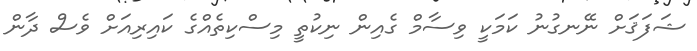
ޝަފަޤަށް ނޭނގުނު ކަމަކީ ވިސާމް ގެއިން ނިކުތީ މިސްކިތެއްގެ ކައިރިއަށް ވެސް ދާން